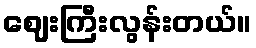
ဈေးကြီးလွန်းတယ်။